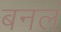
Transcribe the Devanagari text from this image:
बनलं